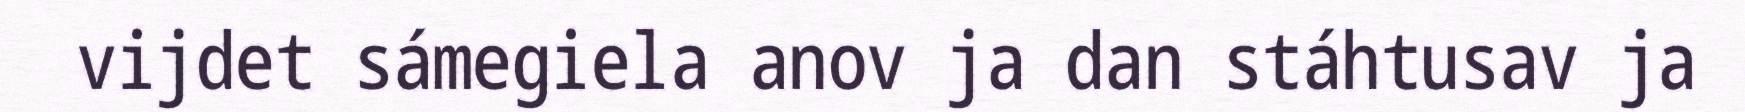
vijdet sámegiela anov ja dan stáhtusav ja